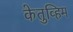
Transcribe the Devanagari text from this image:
केतुव्हिम